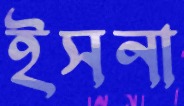
ইসনা